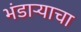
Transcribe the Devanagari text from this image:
भंडाऱ्याचा